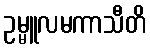
ဥမ္မူလမကာသီတိ